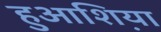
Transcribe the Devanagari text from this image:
हुआश़िया